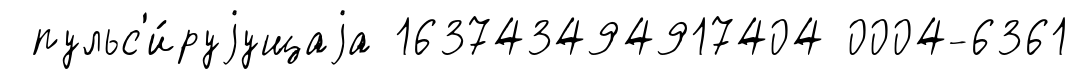
пульс'и́руjущаjа 163743494917404 0004-6361